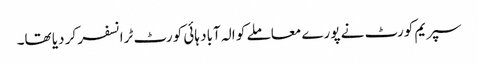
سپریم کورٹ نے پورے معاملے کو الہ آباد ہائی کورٹ ٹرانسفر کر دیا تھا۔